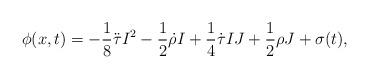
LaTeX: \begin{align*} \phi(x,t)=-\frac{1}{8}\ddot{\tau}I^2-\frac{1}{2}\dot{\rho}I+\frac{1}{4}\dot{\tau} IJ+\frac{1}{2}\rho J+\sigma(t),\end{align*}